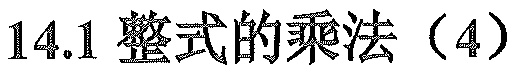
$14.1\text{ 整式的乘法（4）}$